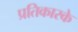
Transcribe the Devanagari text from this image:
प्रतिकारके